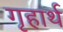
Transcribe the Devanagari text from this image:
गृहार्थ